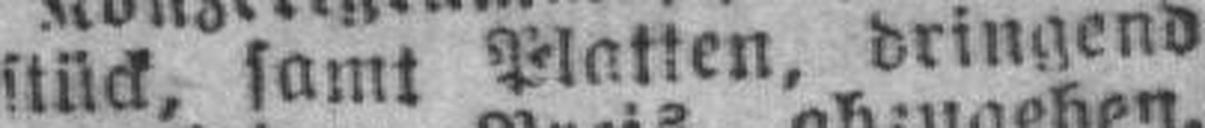
stück. samt Platten, dringend